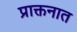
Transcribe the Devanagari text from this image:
प्राक्तनात